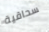
سحاقية